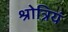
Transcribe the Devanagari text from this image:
श्रोत्रियं